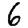
Digit: 6